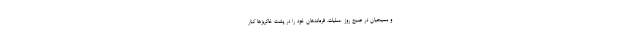
و بسیجیان در صبح روز عملیات، فرماندهان خود را در پشت خاکریزها کنار